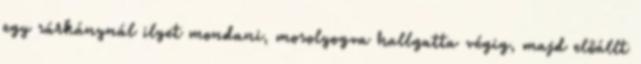
egy sárkánynál ilyet mondani, mosolyogva hallgatta végig, majd előállt